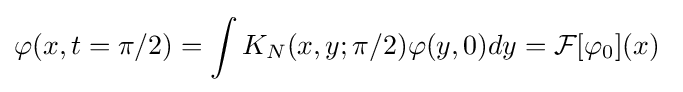
\varphi (x,t=\pi /2)=\int K_{N}(x,y;\pi /2)\varphi (y,0)dy={\mathcal {F}}[\varphi _{0}](x)~